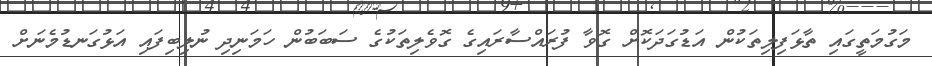
މަގުމަތީގައި ތާޅަފިލިތަކުން އަޑުގަދަކޮށް ގޮވާ ފުރައްސާރައިގެ ގޮވެލިތަކުގެ ސަބަބުން ހަމަނިދި ނުލިބިފައި އަޅުގަނޑުމެނަށް